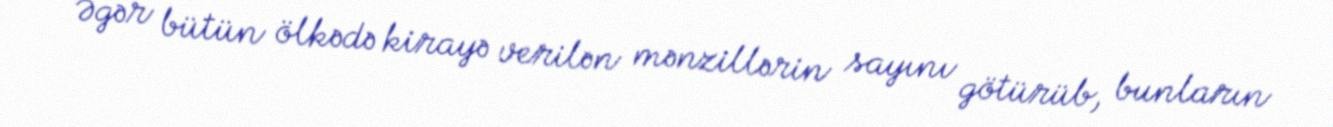
Əgər bütün ölkədə kirayə verilən mənzillərin sayını götürüb, bunların